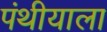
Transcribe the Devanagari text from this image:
पंथीयाला